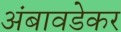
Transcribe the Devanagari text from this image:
अंबावडेकर